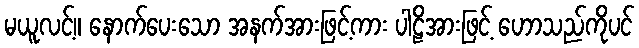
မယူလင့်။ နောက်ပေးသော အနက်အားဖြင့်ကား ပါဠိအားဖြင့် ဟောသည်ကိုပင်